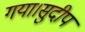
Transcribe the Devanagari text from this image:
गया।सुदीप